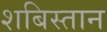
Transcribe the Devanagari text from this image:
शबिस्तान